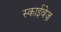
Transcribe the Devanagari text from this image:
स्काईवेज़